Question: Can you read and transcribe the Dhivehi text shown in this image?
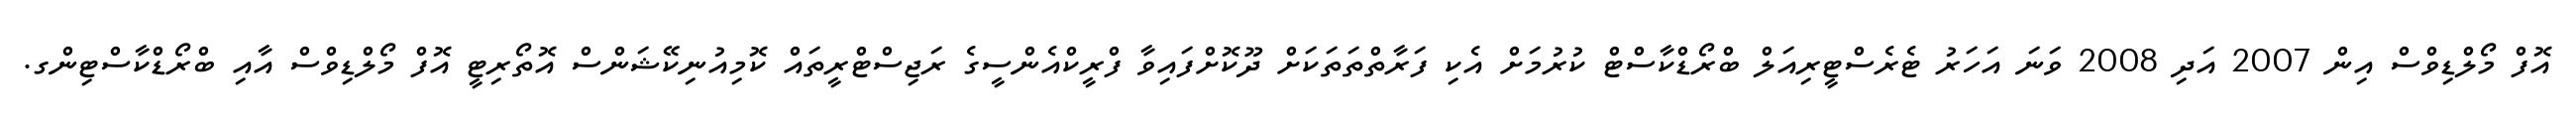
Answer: އޮފް މޯލްޑިވްސް އިން 2007 އަދި 2008 ވަނަ އަހަރު ޓެރެސްޓީރިއަލް ބްރޯޑްކާސްޓް ކުރުމަށް އެކި ފަރާތްތަތަކަށް ދޫކޮށްފައިވާ ފްރީކްއެންސީގެ ރަޖިސްޓްރީތައް ކޮމިއުނިކޭޝަންސް އޮތޯރިޓީ އޮފް މޯލްޑިވްސް އާއި ބްރޯޑްކާސްޓިންގ.